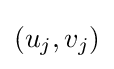
(u_{j},v_{j})